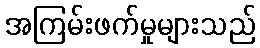
အကြမ်းဖက်မှုများသည်